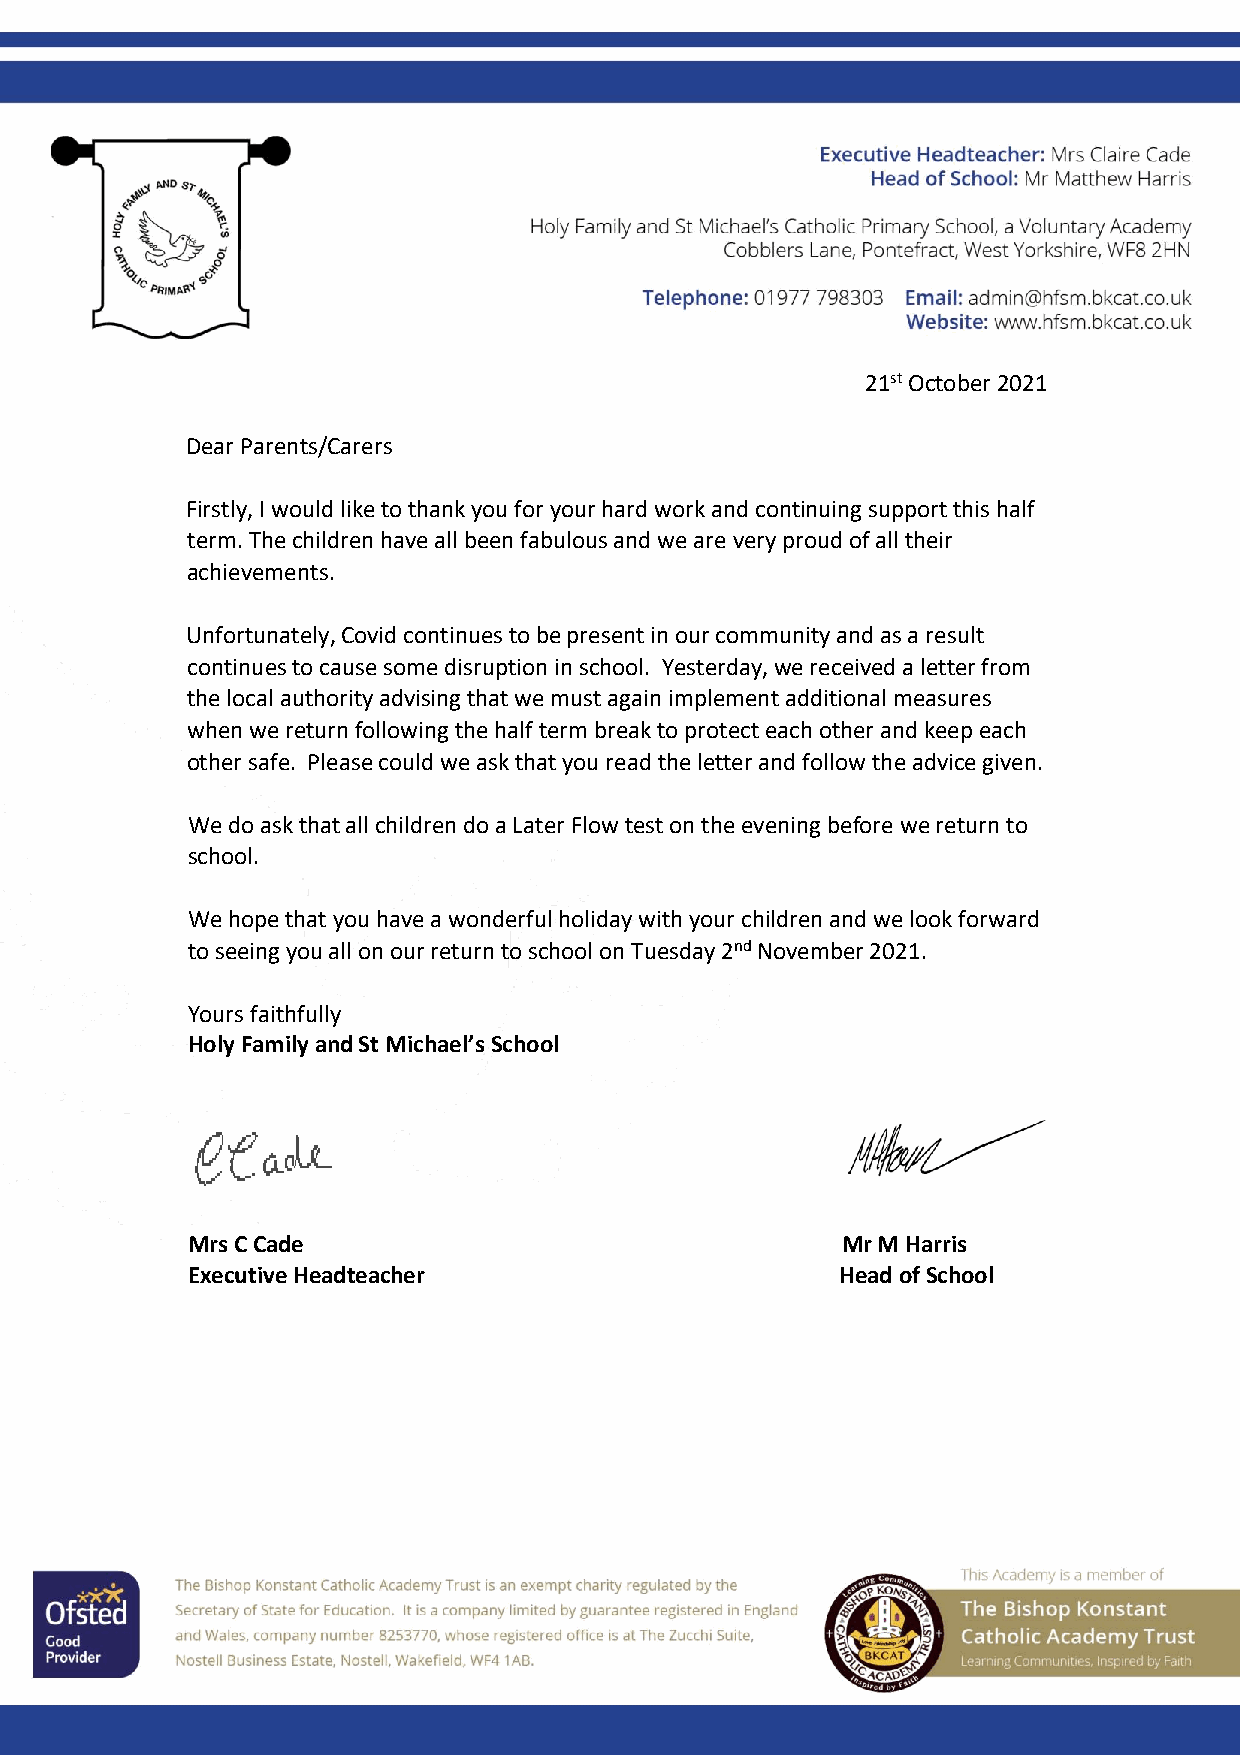
21st October 2021
 Dear Parents/Carers
 Firstly, I would like to thank you for your hard work and continuing support this half
 term. The children have all been fabulous and we are very proud of all their
 achievements.
 Unfortunately, Covid continues to be present in our community and as a result
 continues to cause some disruption in school. Yesterday, we received a letter from
 the local authority advising that we must again implement additional measures
 when we return following the half term break to protect each other and keep each
 other safe. Please could we ask that you read the letter and follow the advice given.
 We do ask that all children do a Later Flow test on the evening before we return to
 school.
 We hope that you have a wonderful holiday with your children and we look forward
 to seeing you all on our return to school on Tuesday 2nd November 2021.
 Yours faithfully
 Holy Family and St Michael’s School
 Mrs C Cade                                  Mr M Harris
 Executive Headteacher                       Head of School